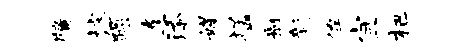
牖墟躁遣添媒猛舸新侔宜杷